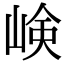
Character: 𡸴